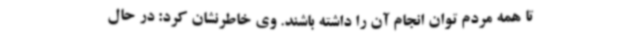
تا همه مردم توان انجام آن را داشته باشند. وی خاطرنشان کرد: در حال